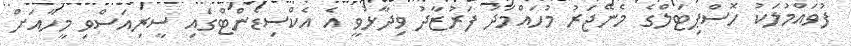
ފުވައްމުލަކު ހޮސްޕިޓަލްގެ މެނޭޖަރު މުހައްމަދު ފަރުޒާދު ވިދާޅުވީ އެ އެކްސިޑެންޓްގައި ސީރިއަސްވި މީހާއަށް